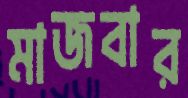
মাজবার